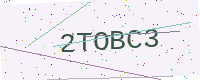
Text: 2TOBC3